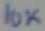
Text: 10K